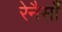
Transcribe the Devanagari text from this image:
रेनैसाँ